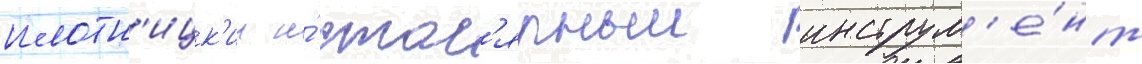
плотн'ицк'ии и́ стол'ярныи инструм'е́нт